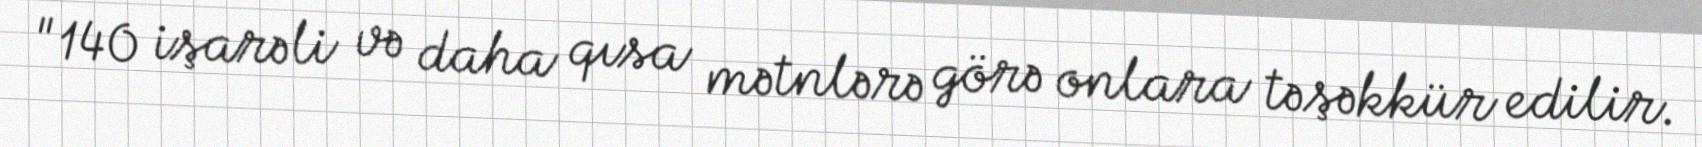
"140 işarəli və daha qısa mətnlərə görə onlara təşəkkür edilir.